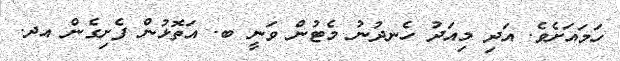
ހަމައަށެވެ. އަދި މިއަދު ހެނދުނު މެޓުން ވަނީ ބ. އަތޮޅުން ފެށިގެން އދ.